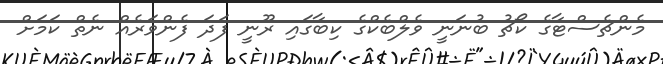
މެންޗެސްޓާގެ ކޯޗު ބުނަނީ ވެލްބެކްގެ ކިބާގައި ރޫނީ ފަދަ ފެންވަރެއް ނެތް ކަމަށް